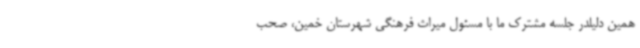
همین دلیلدر جلسه مشترک ما با مسئول میراث فرهنگی شهرستان خمین، صحب